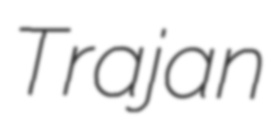
Trajan